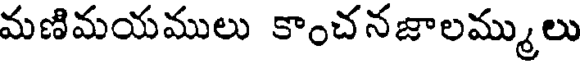
మణిమయములు కాంచనజాలమ్ములు